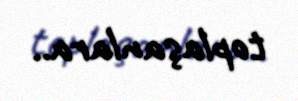
toplaşanlara..